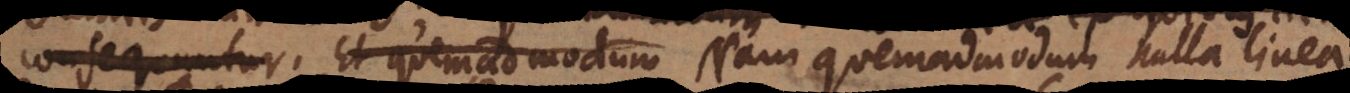
consequuntur.. Et quemadmodum. Nam quemadmodum nulla linea